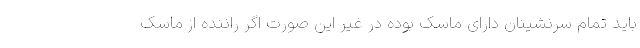
باید تمام سرنشینان دارای ماسک بوده در غیر این صورت اگر راننده از ماسک